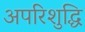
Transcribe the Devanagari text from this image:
अपरिशुद्धि